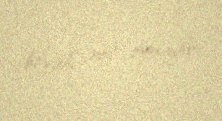
böyük rol oynayır.